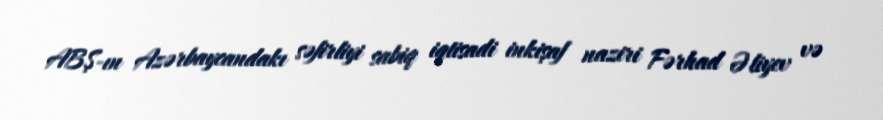
ABŞ-ın Azərbaycandakı səfirliyi sabiq iqtisadi inkişaf naziri Fərhad Əliyev və